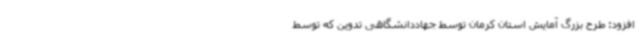
افزود: طرح بزرگ آمایش استان کرمان توسط جهاددانشگاهی تدوین که توسط